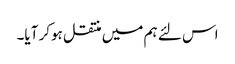
اس لئے ہم میں منتقل ہوکر آیا۔